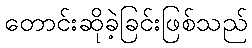
တောင်းဆိုခဲ့ခြင်းဖြစ်သည်